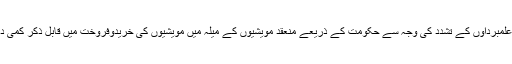
مبینہ گئورکشا کے علمبرداوں کے تشدد کی وجہ سے حکومت کے ذریعے منعقد مویشیوں کے میلہ میں مویشیوں کی خریدوفروخت میں قابل ذکر کمی دیکھی جا سکتی ہے۔